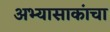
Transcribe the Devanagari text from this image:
अभ्यासाकांचा